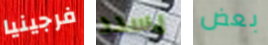
فرجينيا يسدد بعض